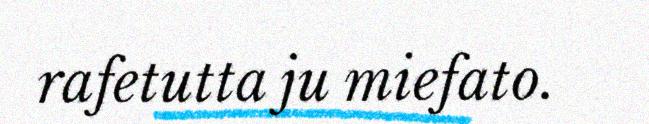
rafetutta ju miefato.